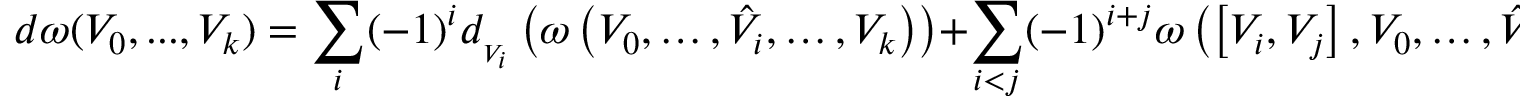
d \omega ( V _ { 0 } , . . . , V _ { k } ) = \sum _ { i } ( - 1 ) ^ { i } d _ { { } _ { V _ { i } } } \left( \omega \left( V _ { 0 } , \ldots , { \hat { V } } _ { i } , \ldots , V _ { k } \right) \right) + \sum _ { i < j } ( - 1 ) ^ { i + j } \omega \left( \left[ V _ { i } , V _ { j } \right] , V _ { 0 } , \ldots , { \hat { V } } _ { i } , \ldots , { \hat { V } } _ { j } , \ldots , V _ { k } \right)